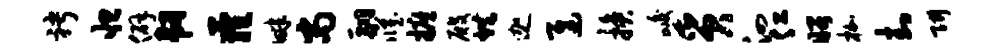
聘怛僻韧萝畔尚翮臧摭殿烘迦迟换峻质泗仁昭枷封阱